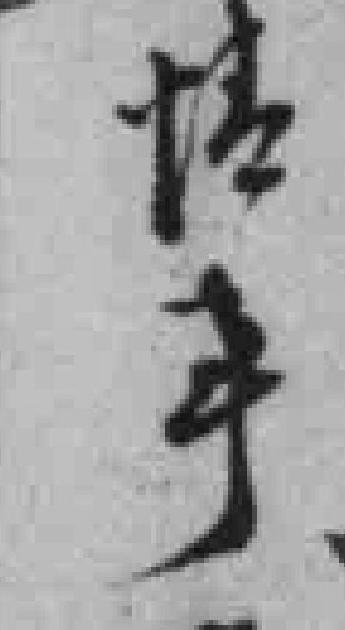
情事